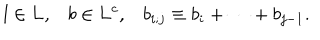
l \in { \bf L } , b \in { \bf L } ^ { c } , b _ { i ; j } \equiv b _ { i } + \cdots + b _ { j - 1 } .